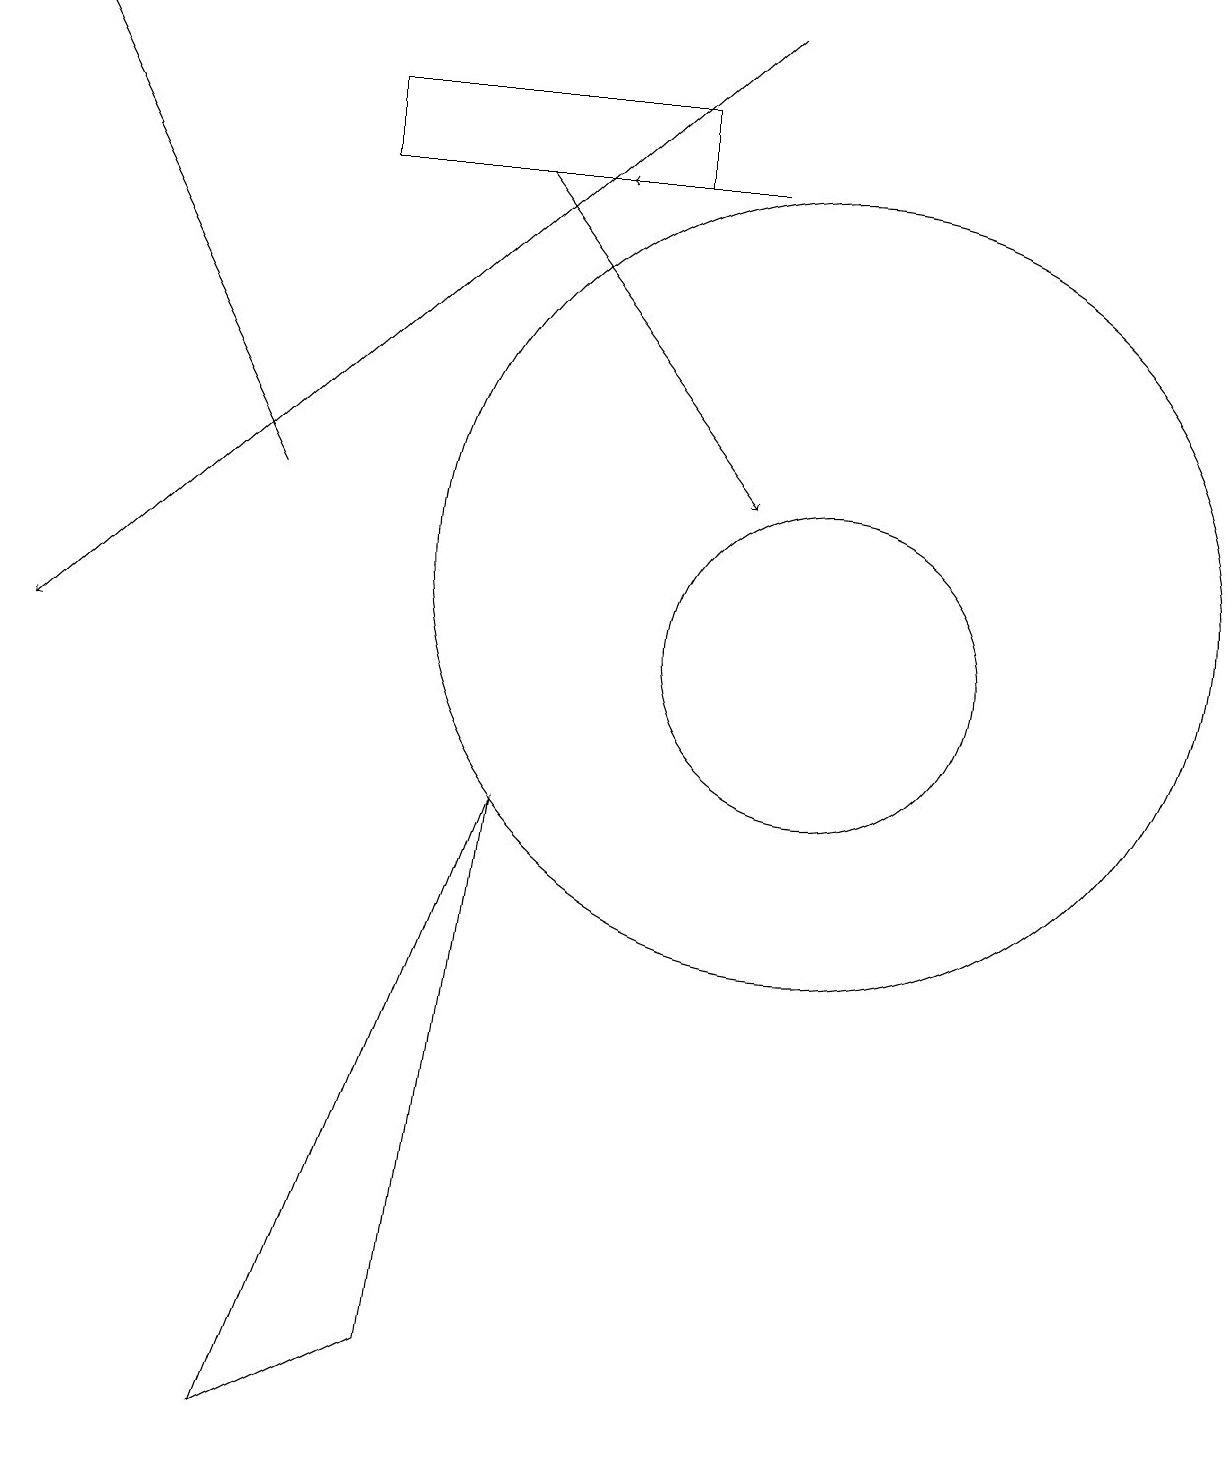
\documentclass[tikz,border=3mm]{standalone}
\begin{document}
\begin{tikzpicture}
\draw[->] (3,12) -- (0,18);
\draw[->] (9,18) -- (0,10);
\draw[->] (6,16) -- (9,12);
\draw[->] (9,16) -- (7,16);
\draw (3,0) -- (5,1) -- (6,8) -- cycle;
\draw (4,16) rectangle (8,17);
\draw (10,11) circle (5);
\draw (10,10) circle (2);
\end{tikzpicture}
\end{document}